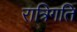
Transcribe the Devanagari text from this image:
रात्रिगति